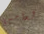
لعامين